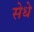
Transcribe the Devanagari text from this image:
सेधे